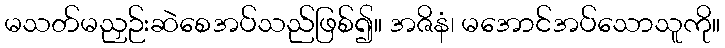
မသတ်မညှဉ်းဆဲစေအပ်သည်ဖြစ်၍။ အဇိနံ၊ မအောင်အပ်သောသူကို။